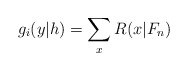
\begin{align*}g_i(y|h)=\sum_x R(x|F_n)\end{align*}